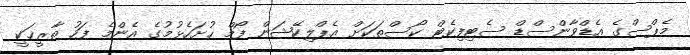
މެޕްސްގެ އެޑްވާންސްޑް ސެޓިފިކެޓް ކޯސްތަކަށް އެޕްލިކޭޝަން ފޯމް ހުށަހެޅުމުގެ އެންމެ ފަހު ތާރީޚަކީ